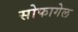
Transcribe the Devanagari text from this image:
सोफागेल